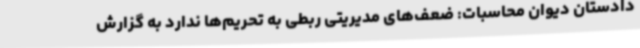
دادستان دیوان محاسبات: ضعف‌های مدیریتی ربطی به تحریم‌ها ندارد به گزارش